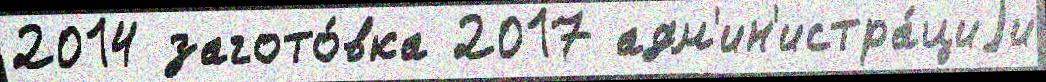
2014 загото́вка 2017 адм'ин'истра́циjи